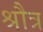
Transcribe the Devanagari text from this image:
श्रौत्र